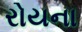
રોયના